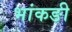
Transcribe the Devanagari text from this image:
भांकङी